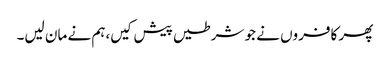
پھر کافروں نے جو شرطیں پیش کیں،ہم نے مان لیں۔